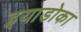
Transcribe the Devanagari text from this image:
इयाडोका